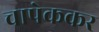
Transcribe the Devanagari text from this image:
चापेककर